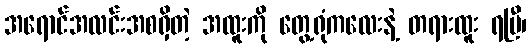
အရောင်အလင်းအစရှိတဲ့ အထူးကို တွေ့ရုံကလေးနဲ့ တရားထူး ရပြီ၊